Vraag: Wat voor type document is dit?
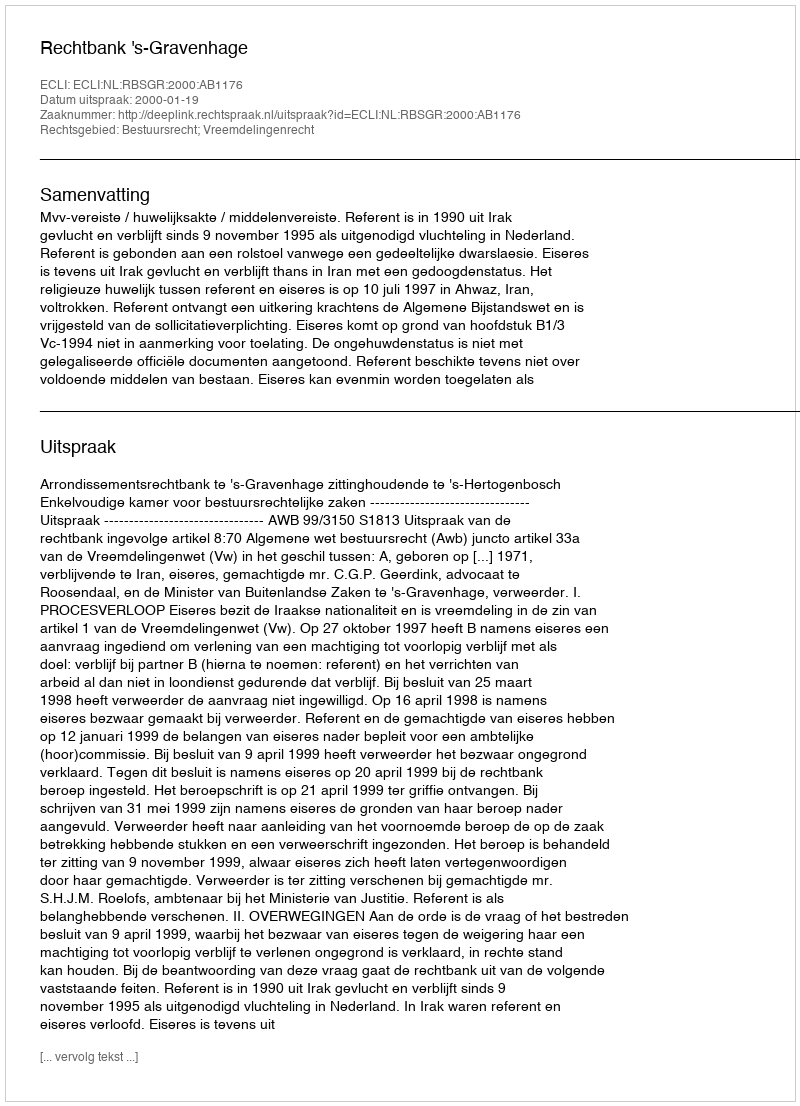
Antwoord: Uitspraak